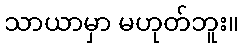
သာယာမှာ မဟုတ်ဘူး။